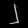
Digit: ၂